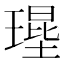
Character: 𤨱